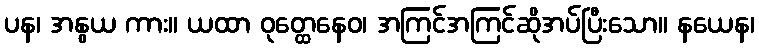
ပန၊ အနွယ ကား။ ယထာ ဝုတ္ထေနေဝ၊ အကြင်အကြင်ဆိုအပ်ပြီးသော။ နယေန၊